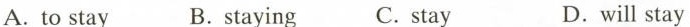
A. to stay B.staying C. stay D.will stay